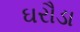
ઘરૌડા